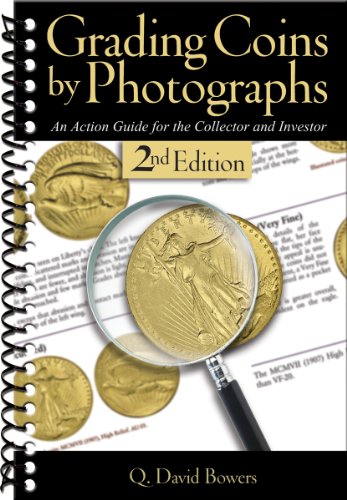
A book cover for Grading Coins By Photographs; Q. David Bowers; Crafts, Hobbies & Home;